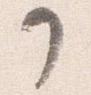
了